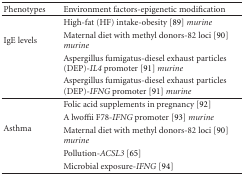
| Phenotypes | Environment factors-epigenetic modification |
 | --- | --- |
 | <ROWSPAN=4> IgE levels | High-fat (HF) intake-obesity [89] murine |
 | Maternal diet with methyl donors-82 loci [90] murine |
 | Aspergillus fumigatus-diesel exhaust particles (DEP)-IL4 promoter [91] murine |
 | Aspergillus fumigatus-diesel exhaust particles (DEP)-IFNG promoter [91] murine |
 | <ROWSPAN=5> Asthma | Folic acid supplements in pregnancy [92] |
 | A lwoffii F78-IFNG promoter [93] murine |
 | Maternal diet with methyl donors-82 loci [90] murine |
 | Pollution-ACSL3 [65] |
 | Microbial exposure-IFNG [94] |